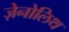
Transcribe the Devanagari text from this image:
ज़ेनोलिथ